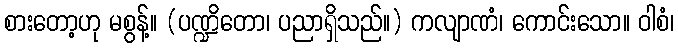
စားတော့ဟု မစွန့်။ (ပဏ္ဍိတော၊ ပညာရှိသည်။) ကလျာဏံ၊ ကောင်းသော။ ဝါစံ၊